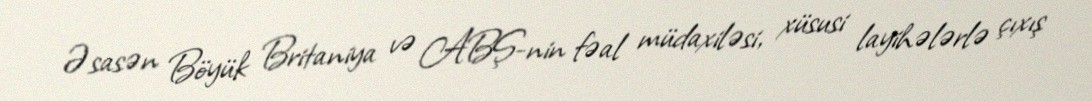
Əsasən Böyük Britaniya və ABŞ-nin fəal müdaxiləsi, xüsusi layihələrlə çıxış